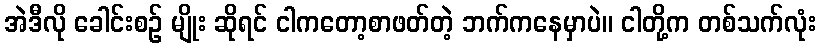
အဲဒီလို ခေါင်းစဉ် မျိုး ဆိုရင် ငါကတော့စာဖတ်တဲ့ ဘက်ကနေမှာပဲ။ ငါတို့က တစ်သက်လုံး